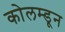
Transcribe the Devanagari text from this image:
कोलम्डून